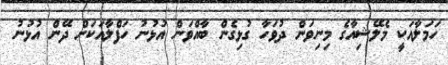
ހަމަލާއަކީ މެލޭޝިއާގެ މިނިވަން ދުވަހާ ގުޅިގެން ބާއްވަން އުޅުނު ހަފްލާއަކަށް ދޭން އުޅުނު